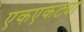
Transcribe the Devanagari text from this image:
एकएकट्या